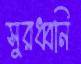
সুরধ্বনি